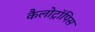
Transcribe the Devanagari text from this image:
कैलोट्रॉपिस